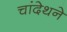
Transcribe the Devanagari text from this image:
चांदेथने